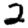
Digit: 2